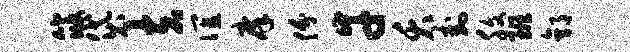
筱袋夫谊庠份幸夭卦腹班郭